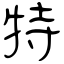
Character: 特